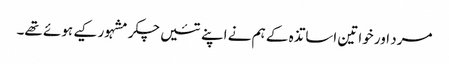
مرد اور خواتین اساتذہ کے ہم نے اپنے تئیں چکر مشہور کیے ہوئے تھے۔